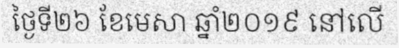
ថ្ងៃទី២៦ ខែមេសា ឆ្នាំ២០១៩ នៅលើ